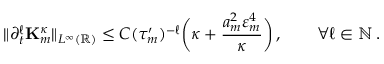
\| \partial _ { t } ^ { \ell } \mathbf { K } _ { m } ^ { \kappa } \| _ { L ^ { \infty } ( \ensuremath { \mathbb { R } } ) } \leq C ( \tau _ { m } ^ { \prime } ) ^ { - \ell } \biggl ( \kappa + \frac { a _ { m } ^ { 2 } \varepsilon _ { m } ^ { 4 } } { \kappa } \biggr ) \, , \qquad \forall \ell \in \ensuremath { \mathbb { N } } \, .